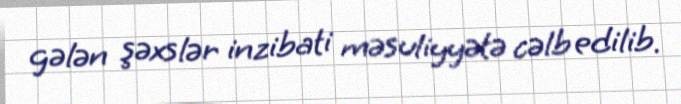
gələn şəxslər inzibati məsuliyyətə cəlb edilib.